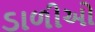
ડાળીઓ